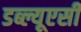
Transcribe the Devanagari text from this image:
डब्ल्यूएसी